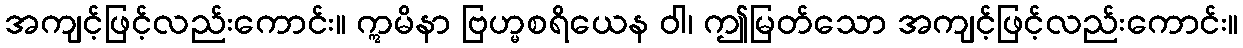
အကျင့်ဖြင့်လည်းကောင်း။ ဣမိနာ ဗြဟ္မစရိယေန ဝါ၊ ဤမြတ်သော အကျင့်ဖြင့်လည်းကောင်း။